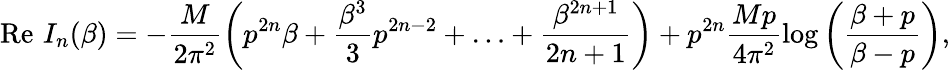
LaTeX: \mathrm{Re}\, \, I_{n}(\beta)=-\frac{M}{2{\pi^{2}}}\left(p^{2n}\beta+\frac{\beta^{3}}{3}p^{2n-2}+\ldots+\frac{\beta^{2n+1}}{2n+1}\right)+{p^{2n}}\frac{Mp}{4{\pi^{2}}}\log\left(\frac{\beta+p}{\beta-p}\right),